Leaving Certificate Examination (including Day School Certificate (Higher) General paper), 1937
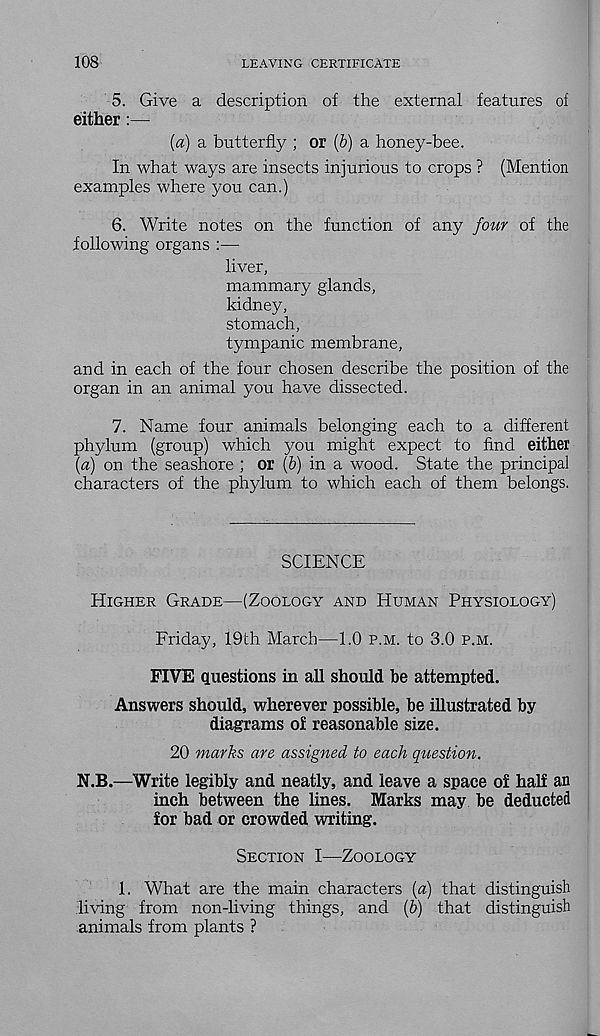
108
LEAVING CERTIFICATE
5. Give a description of the external features of
either:—
[a) a butterfly ; or (6) a honey-bee.
In what ways are insects injurious to crops ? (Mention
examples where you can.)
6. Write notes on the function of any four of the
following organs :—
liver,
mammary glands,
kidney,
stomach,
tympanic membrane,
and in each of the four chosen describe the position of the
organ in an animal you have dissected.
7. Name four animals belonging each to a different
phylum (group) which you might expect to find either
{a) on the seashore ; or (&) in a wood. State the principal
characters of the phylum to which each of them belongs.
SCIENCE
Higher Grade—(Zoology and Human Physiology)
Friday, 19th March—1.0 p.m. to 3.0 p.m.
FIVE questions in all should be attempted.
Answers should, wherever possible, be illustrated by
diagrams of reasonable size.
20 marks are assigned to each question.
N.B.—Write legibly and neatly, and leave a space of half an
inch between the lines. Marks may be deducted
for bad or crowded writing.
Section I—Zoology
1. What are the main characters (a) that distinguish
living from non-living things, and (fr) that distinguish
animals from plants ?